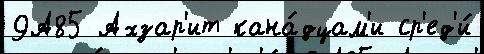
9А85 Ахзар'ит кана́дцам'и ср'ед'и́